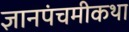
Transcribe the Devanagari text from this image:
ज्ञानपंचमीकथा